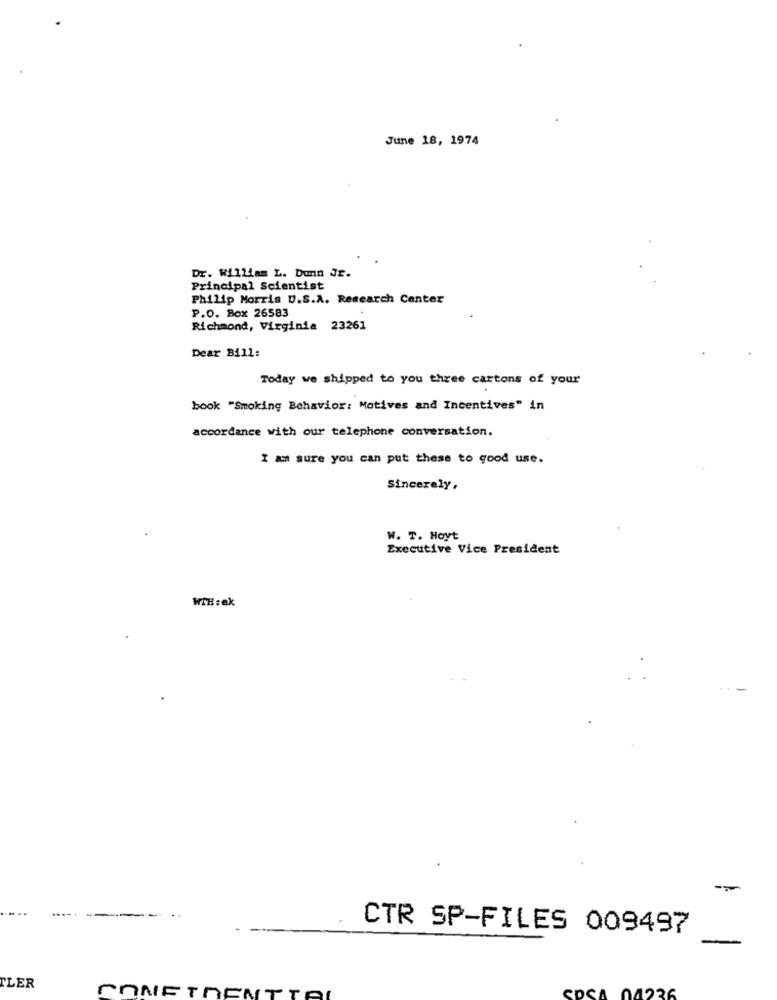
June 18, 1974
Dr. William L. Dunn Jr.
Principal Scientist
Philip Morris U.S.A. Research Center
P.O. Box 26583
Richmond, Virginia 23261
Dear Bill:
Today we shipped to you three cartons of your
book "Smoking Behavior: Motives and Incentives" in
accordance with our telephone conversation.
I am sure you can put these to good use.
Sincerely,
W. T. Hoyt
Executive Vice President
HTHrek
--
CTR SP-FILES 009497
TLER
SONETOENTY
SDSA 04236